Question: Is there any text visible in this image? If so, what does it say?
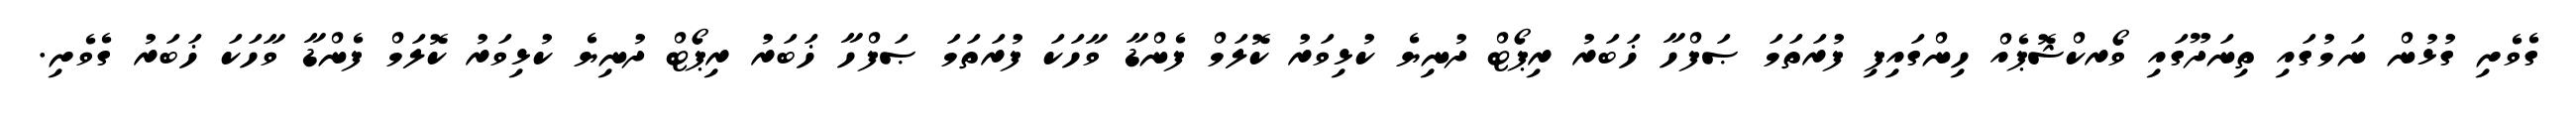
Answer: ގެވެށި ގުޅުން ނަމުގައި ތިނަދޫގައި ވޯރކްޝޮޕެއް ހިންގައިފި ފުރަތަމަ ޞަފްހާ ޚަބަރު ރިޕޯޓް ދުނިޔެ ކުޅިވަރު ކޮލަމް ފެންޑާ ވާހަކަ ފުރަތަމަ ޞަފްހާ ޚަބަރު ރިޕޯޓް ދުނިޔެ ކުޅިވަރު ކޮލަމް ފެންޑާ ވާހަކަ ޚަބަރު ގެވެށި.